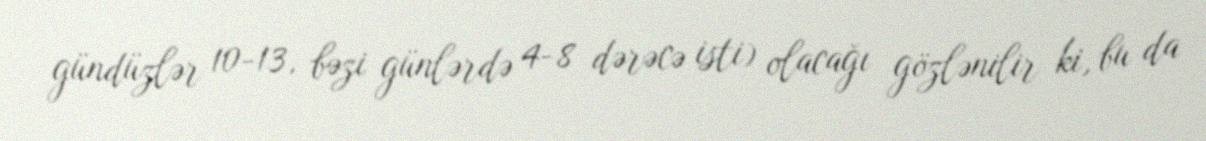
gündüzlər 10-13, bəzi günlərdə 4-8 dərəcə isti) olacağı gözlənilir ki, bu da